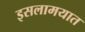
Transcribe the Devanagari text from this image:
इसलामयात